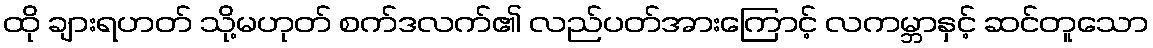
ထို ချားရဟတ် သို့မဟုတ် စက်ဒလက်၏ လည်ပတ်အားကြောင့် လကမ္ဘာနှင့် ဆင်တူသော